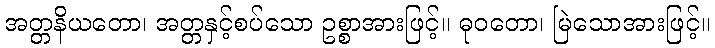
အတ္တနိယတော၊ အတ္တနှင့်စပ်သော ဥစ္စာအားဖြင့်။ ဓုဝတော၊ မြဲသောအားဖြင့်။